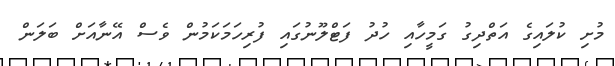
މުށި ކުލައިގެ އަތްދިގު ގަމީހާއި ހުދު ފަޓްލޫނުގައި ފުރިހަމަކަމުން ވެސް އޭނާއަށް ބަލަން